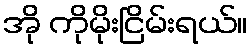
အို ကိုမိုးငြိမ်းရယ်။